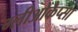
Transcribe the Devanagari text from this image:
ग्लीओकैप्सा